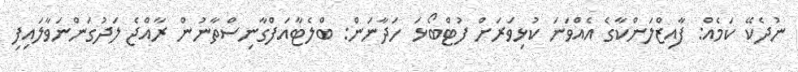
ނުދެކޭ ކަމެއް: ފާއިޒްލަންކާގެ އެއްވަނަ ކުޅިވަރަށް ފުޓްބޯޅަ ހަދާނަން: ބްލެޓާއަފްގާނިސްތާނުން ރާއްޖެ ލަދުގަންނަވާލައިފި